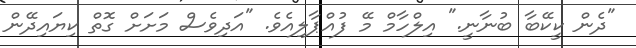
"ދެން ކީކޭބާ ބުނާނީ." އިލްހާމް މޭ ފުއްޕާލިއެވެ. "އަދިވެސް މަށަށް ގޮތް ކިޔައިދޭން